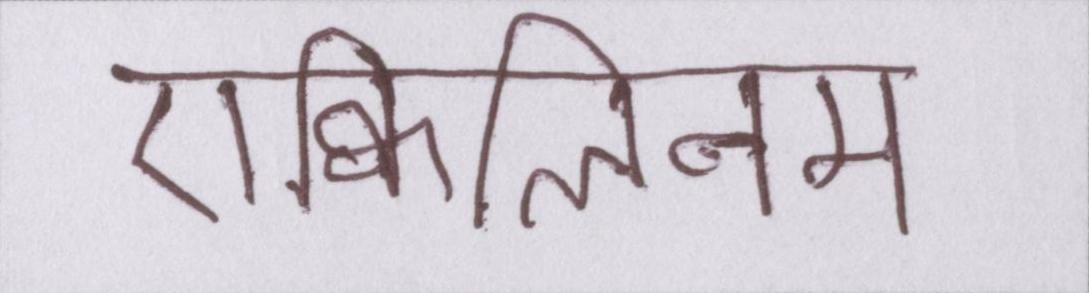
एक्विलिनम